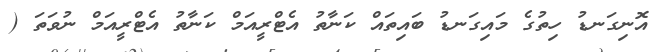
އޮނިގަނޑު ހިތުގެ މައިގަނޑު ބައިތައް ކަނާތު އެޓްރީއަމް ކަނާތު އެޓްރީއަމް ނުވަތަ (